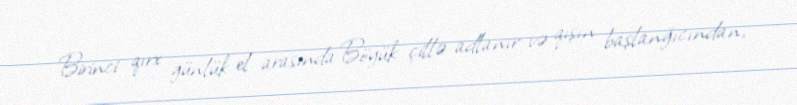
Birinci qırx günlük el arasında Böyük çillə adlanır və qışın başlanğıcından,